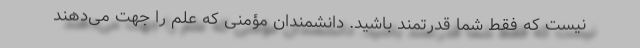
نیست که فقط شما قدرتمند باشید. دانشمندان مؤمنی که علم را جهت می‌دهند